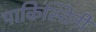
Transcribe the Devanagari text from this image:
पाकिस्तिनी